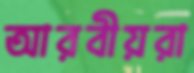
আরবীয়রা